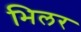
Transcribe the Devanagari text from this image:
भिलर